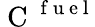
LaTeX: \mathrm{~C~}^{\mathrm{~f~u~e~l~}}